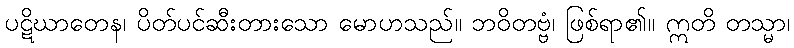
ပဋိဃာတေန၊ ပိတ်ပင်ဆီးတားသော မောဟသည်။ ဘဝိတဗ္ဗံ၊ ဖြစ်ရာ၏။ ဣတိ တသ္မာ၊